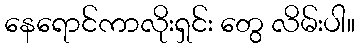
နေရောင်ကာလိုးရှင်း တွေ လိမ်းပါ။